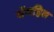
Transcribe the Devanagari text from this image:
यॅमहिल